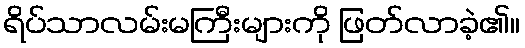
ရိပ်သာလမ်းမကြီးများကို ဖြတ်လာခဲ့၏။